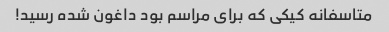
متاسفانه کیکی که برای مراسم بود داغون شده رسید!